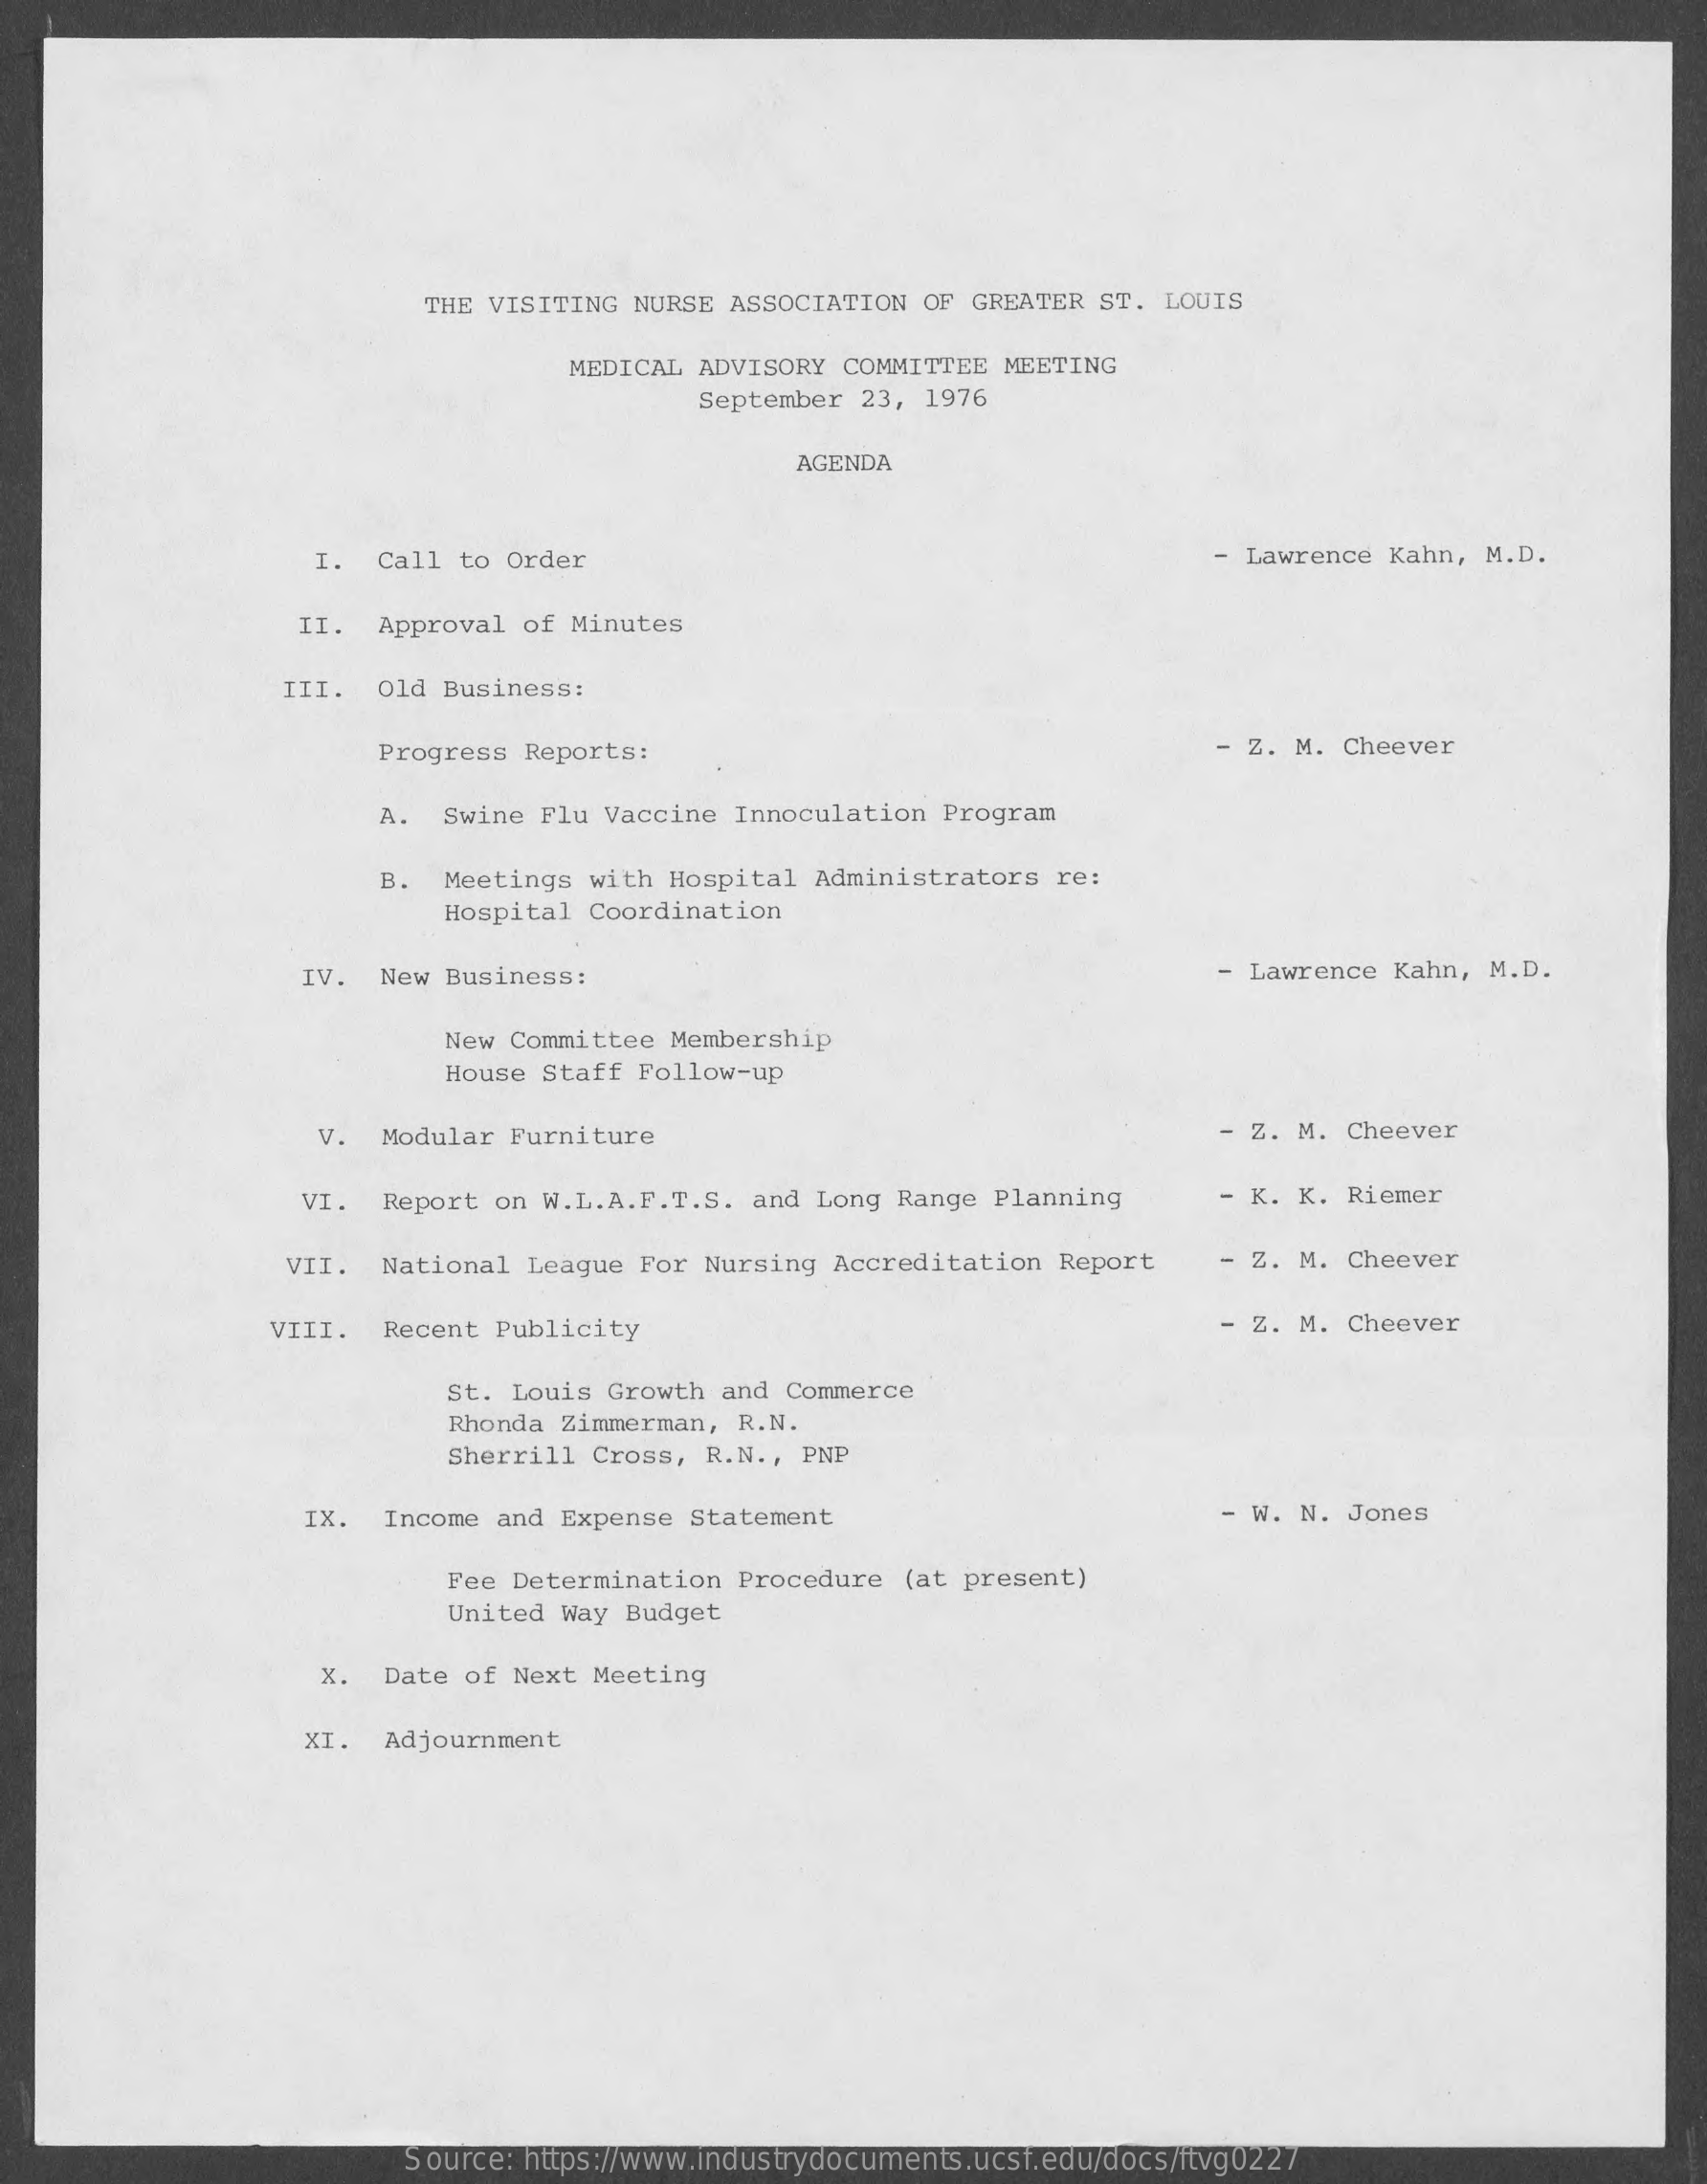
THE VISITING  NURSE ASSOCIATION  OF GREATER ST.  LOUIS
     MEDICAL ADVISORY  COMMITTEE MEETING
     September 23, 1976
     AGENDA
     I.  Call to Order    - Lawrence  Kahn, M.D.
     II.  Approval  of Minutes
     III.  Old Business:
     Progress  Reports:    - Z. M. Cheever
     A.  Swine  Flu Vaccine Innoculation  Program
     B.  Meetings  with Hospital  Administrators  re:
     Hospital Coordination
     IV.  New Business:    - Lawrence Kahn, M.D.
     New Committee Membership
     House Staff Follow-up
     v.  Modular  Furniture    - Z. M. Cheever
     VI.  Report  on W.L.A.F.T.S.  and Long Range  Planning    - K. K. Riemer
     VII.  National  League For  Nursing Accreditation  Report    - Z. M. Cheever
     VIII.  Recent  Publicity    - Z. M. Cheever
     St. Louis Growth  and Commerce
     Rhonda Zimmerman,  R.N.
     Sherrill Cross,  R.N ., PNP
     IX.   Income and Expense Statement    - W. N. Jones
     Fee Determination  Procedure  (at present)
     United Way Budget
     x.   Date of Next Meeting
     XI.   Adjournment
     Source: https://www.industrydocuments.ucsf.edu/docs/ftvg0227